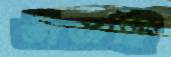
ভাঁজছি